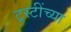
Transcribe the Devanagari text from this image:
ट्रस्टींच्या